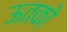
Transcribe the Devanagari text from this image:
ऊतको